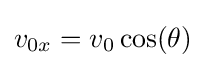
v_{0x}=v_{0}\cos(\theta )